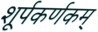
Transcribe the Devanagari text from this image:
शूर्पकर्णकम्